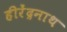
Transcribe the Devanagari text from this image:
हीरेंद्रनाथ